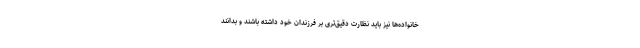
خانواده‌ها نیز باید نظارت دقیق‌تری بر فرزندان خود داشته باشند و بدانند